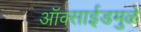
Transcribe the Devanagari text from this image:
ऑक्साईडमुळे